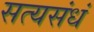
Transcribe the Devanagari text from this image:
सत्यसंधं